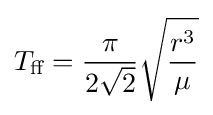
T_{\text{ff}}={\frac {\pi }{2{\sqrt {2}}}}{\sqrt {r^{3} \over {\mu }}}